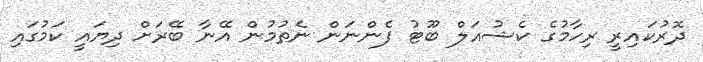
ދޮރުކައިރީ ރިހާމުގެ ކެޝުއަލް ބޫޓު ފެންނަން ނެތުމުން އޭނާ ބޭރަށް ދިޔައީ ކަމުގައި